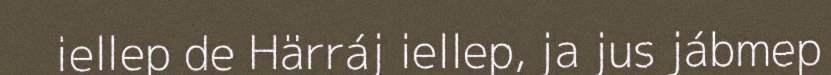
iellep de Härráj iellep, ja jus jábmep